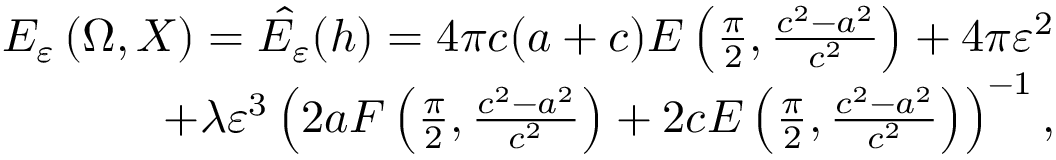
\begin{array} { r } { E _ { \varepsilon } \left( \Omega , X \right) = \hat { E _ { \varepsilon } } ( h ) = 4 \pi c ( a + c ) E \left( \frac { \pi } { 2 } , { \frac { c ^ { 2 } - a ^ { 2 } } { c ^ { 2 } } } \right) + 4 \pi \varepsilon ^ { 2 } } \\ { + \lambda \varepsilon ^ { 3 } \left( 2 a F \left( \frac { \pi } { 2 } , \frac { c ^ { 2 } - a ^ { 2 } } { c ^ { 2 } } \right) + 2 c E \left( \frac { \pi } { 2 } , \frac { c ^ { 2 } - a ^ { 2 } } { c ^ { 2 } } \right) \right) ^ { - 1 } , } \end{array}